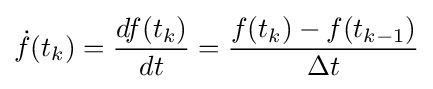
{\dot {f}}(t_{k})={\dfrac {df(t_{k})}{dt}}={\dfrac {f(t_{k})-f(t_{k-1})}{\Delta t}}